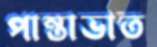
পান্তাভাত